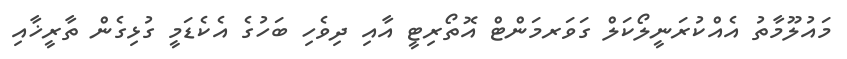
މައުލޫމާތު އެއްކުރަނީލޯކަލް ގަވަރމަންޓް އޮތޯރިޓީ އާއި ދިވެހި ބަހުގެ އެކެޑަމީ ގުޅިގެން ތާރީޚާއި